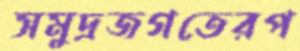
সমুদ্রজগতেরপ